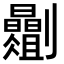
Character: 𫦡